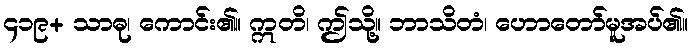
၄၁၉+ သာဓု၊ ကောင်း၏။ ဣတိ၊ ဤသို့။ ဘာသိတံ၊ ဟောတော်မူအပ်၏။